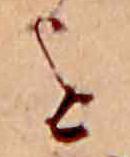
を